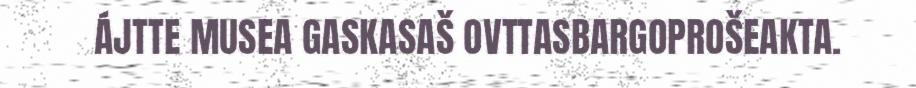
ÁJTTE MUSEA GASKASAŠ OVTTASBARGOPROŠEAKTA.